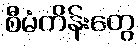
စီမံကိန်းတွေ